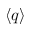
\langle q \rangle